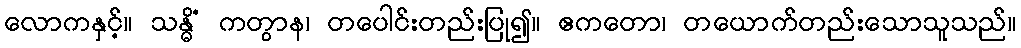
လောကနှင့်။ သန္ဓိံ ကတွာန၊ တပေါင်းတည်းပြု၍။ ဧကတော၊ တယောက်တည်းသောသူသည်။